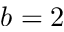
b = 2